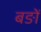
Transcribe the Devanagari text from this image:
बङों